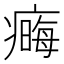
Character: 𤹾